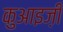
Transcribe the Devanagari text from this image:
कुआइज़ी